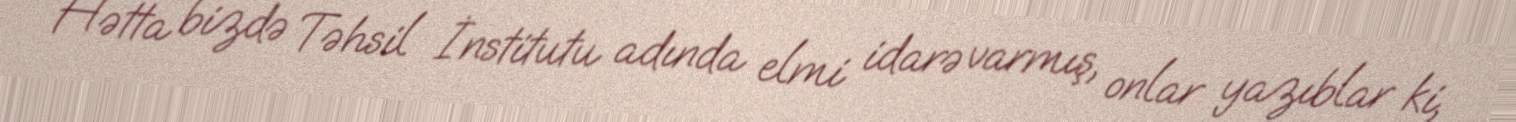
Hətta bizdə Təhsil İnstitutu adında elmi idarə varmış, onlar yazıblar ki,